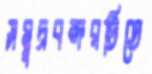
সমুদ্রবন্দরটিতে